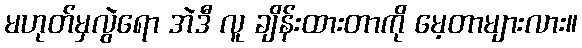
မဟုတ်မှလွဲရော အဲဒီ လူ ချိန်းထားတာကို မေ့တာများလား။